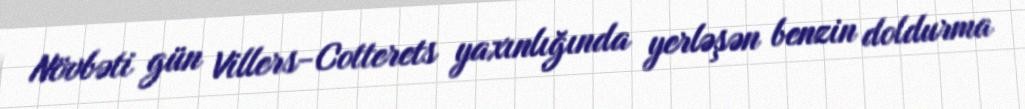
Növbəti gün Villers-Cotterets yaxınlığında yerləşən benzin doldurma